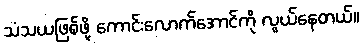
သံသယဖြစ်ဖို့ ကောင်းလောက်အောင်ကို လွယ်နေတယ်။